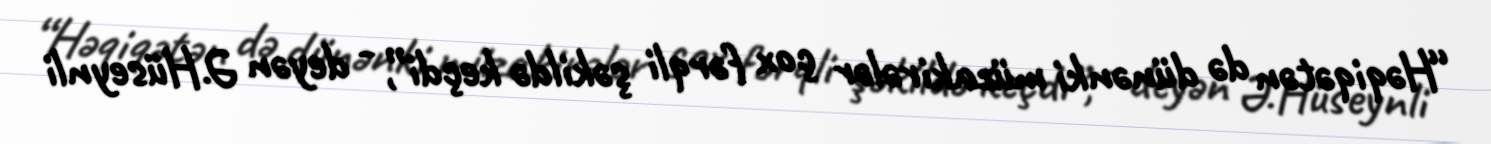
“Həqiqətən də dünənki müzakirələr çox fərqli şəkildə keçdi”, - deyən Ə.Hüseynli